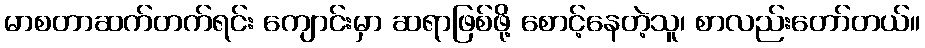
မာစတာဆက်တက်ရင်း ကျောင်းမှာ ဆရာဖြစ်ဖို့ စောင့်နေတဲ့သူ၊ စာလည်းတော်တယ်။